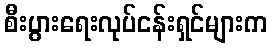
စီးပွားရေးလုပ်ငန်းရှင်များက